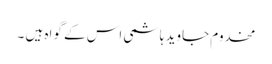
مخدوم جاوید ہاشمی اس کے گواہ ہیں ۔